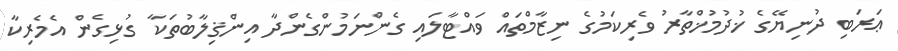
ޢަރަބި ދުނިޔޭގެ ޚުދުމުޚްތާރު ވެރިކަމުގެ ނިޒާމްތައް ވައްޓާލައި ގެންނަމުންގެންދާ އިންޤިލާބުތަކާ ގުޅިގެން އެމެރިކާ